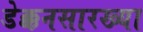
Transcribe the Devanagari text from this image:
डेक्कनसारख्या